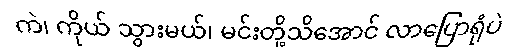
ကဲ၊ ကိုယ် သွားမယ်၊ မင်းတို့သိအောင် လာပြောရုံပဲ